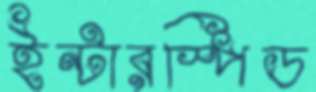
ইন্টারস্পিড